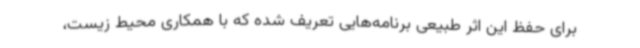
برای حفظ این اثر طبیعی برنامه‌هایی تعریف شده که با همکاری محیط زیست،